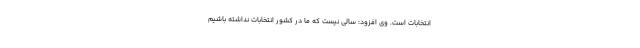
انتخابات است. وی افزود: سالی نیست که ما در کشور انتخابات نداشته باشیم